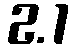
2.1